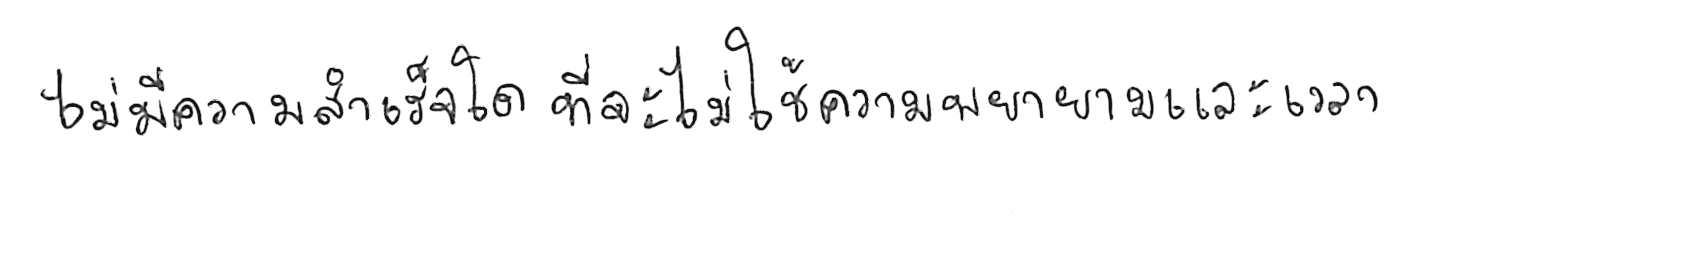
ไม่มีความสำเร็จใด ที่จะไม่ใช้ความพยายามและเวลา